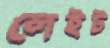
লেইট